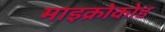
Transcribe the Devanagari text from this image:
माइक्रोकोड